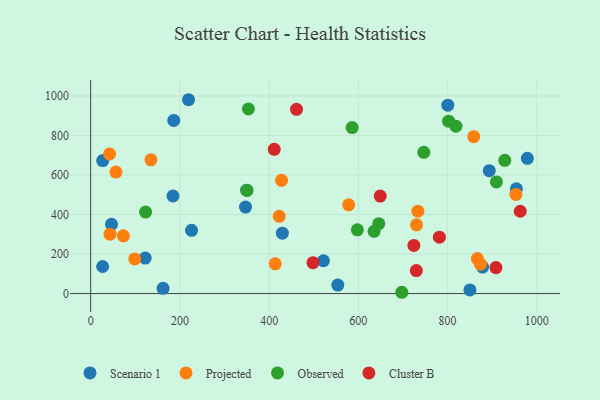
{"axis": {"x": "Engine Size", "y": "Sales"}, "legend": ["Cluster B", "Observed", "Projected", "Scenario 1"], "data": [{"x": "186.2", "y": 876.0, "type": "Scenario 1"}, {"x": "553.9", "y": 42.9, "type": "Scenario 1"}, {"x": "27.0", "y": 672.9, "type": "Scenario 1"}, {"x": "521.7", "y": 166.1, "type": "Scenario 1"}, {"x": "978.8", "y": 684.2, "type": "Scenario 1"}, {"x": "226.1", "y": 320.2, "type": "Scenario 1"}, {"x": "893.4", "y": 622.0, "type": "Scenario 1"}, {"x": "429.6", "y": 305.6, "type": "Scenario 1"}, {"x": "219.3", "y": 981.0, "type": "Scenario 1"}, {"x": "954.2", "y": 529.9, "type": "Scenario 1"}, {"x": "800.5", "y": 953.2, "type": "Scenario 1"}, {"x": "46.8", "y": 350.6, "type": "Scenario 1"}, {"x": "26.8", "y": 137.0, "type": "Scenario 1"}, {"x": "349.6", "y": 523.3, "type": "Scenario 1"}, {"x": "878.3", "y": 134.0, "type": "Scenario 1"}, {"x": "347.1", "y": 437.8, "type": "Scenario 1"}, {"x": "122.2", "y": 179.7, "type": "Scenario 1"}, {"x": "850.1", "y": 18.6, "type": "Scenario 1"}, {"x": "162.3", "y": 26.7, "type": "Scenario 1"}, {"x": "184.5", "y": 493.7, "type": "Scenario 1"}, {"x": "578.3", "y": 449.0, "type": "Projected"}, {"x": "413.7", "y": 150.7, "type": "Projected"}, {"x": "427.7", "y": 573.0, "type": "Projected"}, {"x": "56.6", "y": 614.7, "type": "Projected"}, {"x": "866.7", "y": 177.1, "type": "Projected"}, {"x": "73.3", "y": 292.1, "type": "Projected"}, {"x": "422.6", "y": 390.7, "type": "Projected"}, {"x": "98.8", "y": 175.2, "type": "Projected"}, {"x": "733.4", "y": 416.9, "type": "Projected"}, {"x": "135.2", "y": 677.0, "type": "Projected"}, {"x": "953.1", "y": 501.6, "type": "Projected"}, {"x": "858.6", "y": 794.2, "type": "Projected"}, {"x": "730.3", "y": 347.8, "type": "Projected"}, {"x": "42.4", "y": 706.4, "type": "Projected"}, {"x": "43.4", "y": 300.4, "type": "Projected"}, {"x": "873.6", "y": 148.6, "type": "Projected"}, {"x": "586.0", "y": 840.2, "type": "Observed"}, {"x": "909.5", "y": 565.2, "type": "Observed"}, {"x": "697.4", "y": 6.5, "type": "Observed"}, {"x": "928.2", "y": 674.1, "type": "Observed"}, {"x": "818.6", "y": 847.2, "type": "Observed"}, {"x": "123.0", "y": 412.4, "type": "Observed"}, {"x": "353.6", "y": 934.5, "type": "Observed"}, {"x": "746.6", "y": 715.0, "type": "Observed"}, {"x": "802.3", "y": 872.5, "type": "Observed"}, {"x": "350.5", "y": 522.1, "type": "Observed"}, {"x": "635.2", "y": 315.2, "type": "Observed"}, {"x": "597.7", "y": 322.4, "type": "Observed"}, {"x": "645.8", "y": 353.9, "type": "Observed"}, {"x": "649.0", "y": 493.4, "type": "Cluster B"}, {"x": "962.8", "y": 416.6, "type": "Cluster B"}, {"x": "498.2", "y": 156.3, "type": "Cluster B"}, {"x": "908.4", "y": 131.7, "type": "Cluster B"}, {"x": "411.4", "y": 730.1, "type": "Cluster B"}, {"x": "724.4", "y": 243.8, "type": "Cluster B"}, {"x": "729.9", "y": 116.4, "type": "Cluster B"}, {"x": "781.6", "y": 285.2, "type": "Cluster B"}, {"x": "461.4", "y": 932.2, "type": "Cluster B"}]}